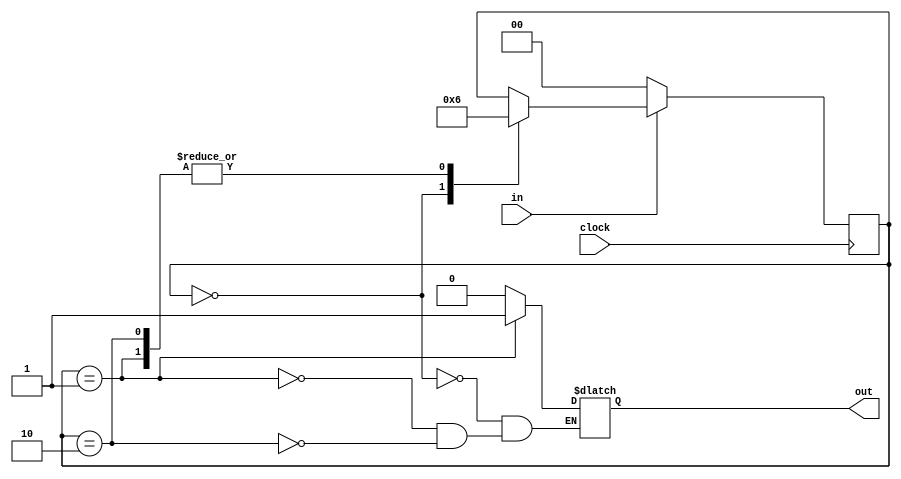
module singlePulser(out,in,clock);
input in,clock;
output out;
reg [1:0] state = 2'b00;
reg out;
always @(posedge clock)
begin
    if(in)
    begin
        case(state)
        2'b00 : state = 2'b01;
        2'b01 : state = 2'b10;
        2'b10 : state = 2'b10;
        endcase
    end
    else
    begin
        state = 0;
    end
end
always @(state)
begin
    case (state)
    2'b00 : out = 0;
    2'b01 : out = 1;
    2'b10 : out = 0;
    endcase
end
endmodule